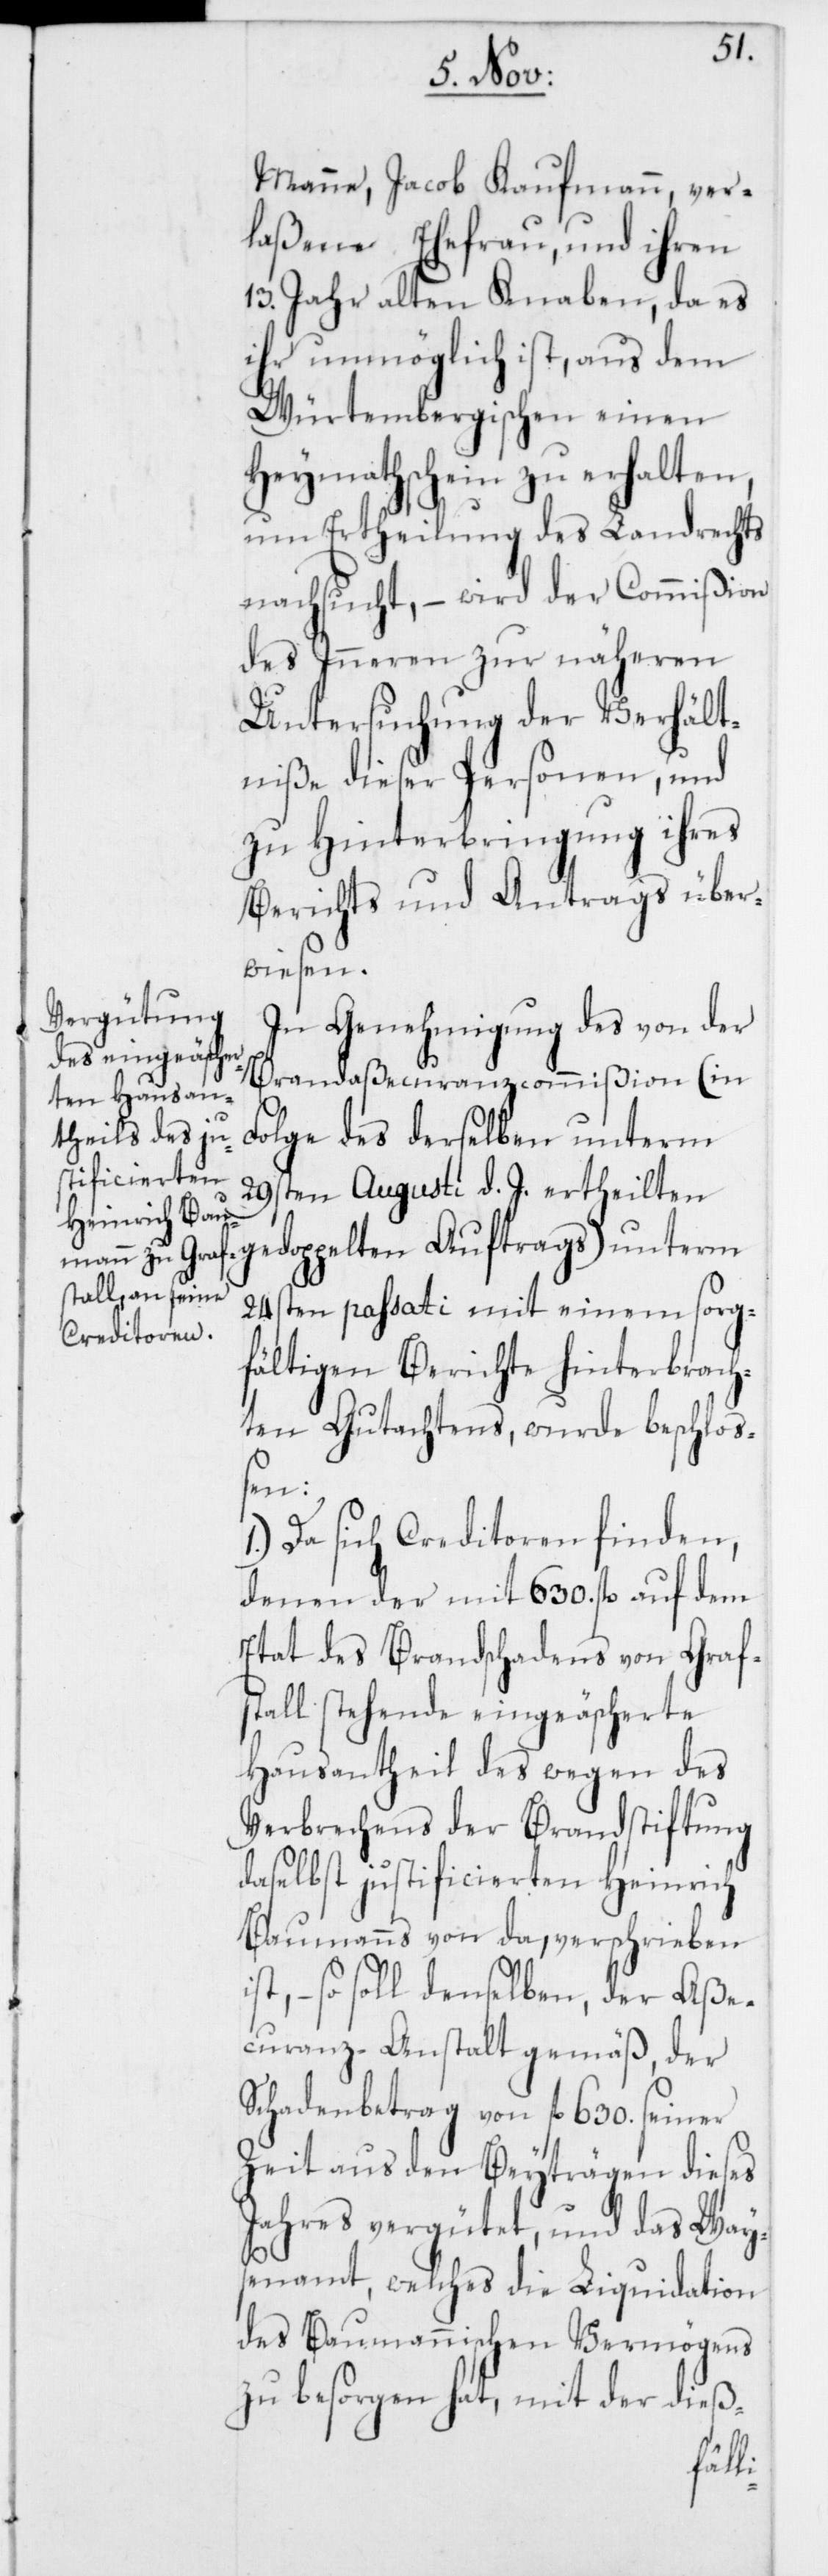
Manne, Jacob Kaufmann, ver¬
laßene Ehefrau, und ihren
13. Jahr alten Knaben, da es
ihr unmöglich ist, aus dem
Würtembergischen einen
Heymathschein zu erhalten,
um Ertheilung des Landrechts
nachsucht, – wird der Commißion
des Inneren zur näheren
Untersuchung der Verhält¬
niße dieser Personen, und
zu Hinterbringung ihres
Berichts und Antrags über¬
wiesen.
In Genehmigung des von der
Brandaßecuranzcommißion (in
Folge des derselben unterm
29sten Augusti d. J. ertheilte¬
n gedoppelten Auftrags) unterm
24sten passati mit einem sorg¬
fältigen Berichte hinterbrach¬
ten Gutachtens, wurde beschlo¬
i¬
Da sich Creditoren finden,
denen der mit 630. fl. auf dem
Etat des Brandschadens von Graf¬
stall stehende eingeäscherte
Hausantheil des wegen des
Verbrechens der Brandstiftung
daselbst justificierten Heinrich
Baumanns von da, verschrieben
st, – so soll denselben, der Aße¬
curanz-Anstalt gemäß, der
Schadenbetrag von fl. 630. seiner
Zeit aus den Beyträgen dieses
Jahres vergütet, und das Way¬
senamt, welches die Liquidation
des Baumannischen Vermögens
zu besorgen hat, mit der dieß-